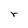
Character: r